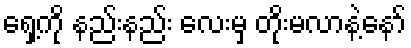
ရှေ့ကို နည်းနည်း လေးမှ တိုးမလာနဲ့နော်